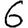
Digit: 6